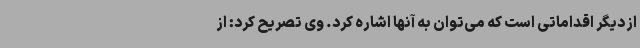
از دیگر اقداماتی است که می‌توان به آنها اشاره کرد. وی تصریح کرد: از